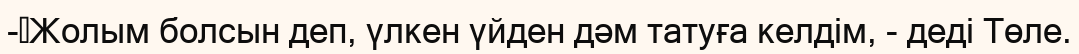
-	Жолым болсын деп, үлкен үйден дәм татуға келдім, - деді Төле.